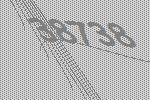
38738